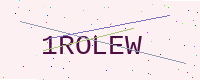
Text: 1ROLEW